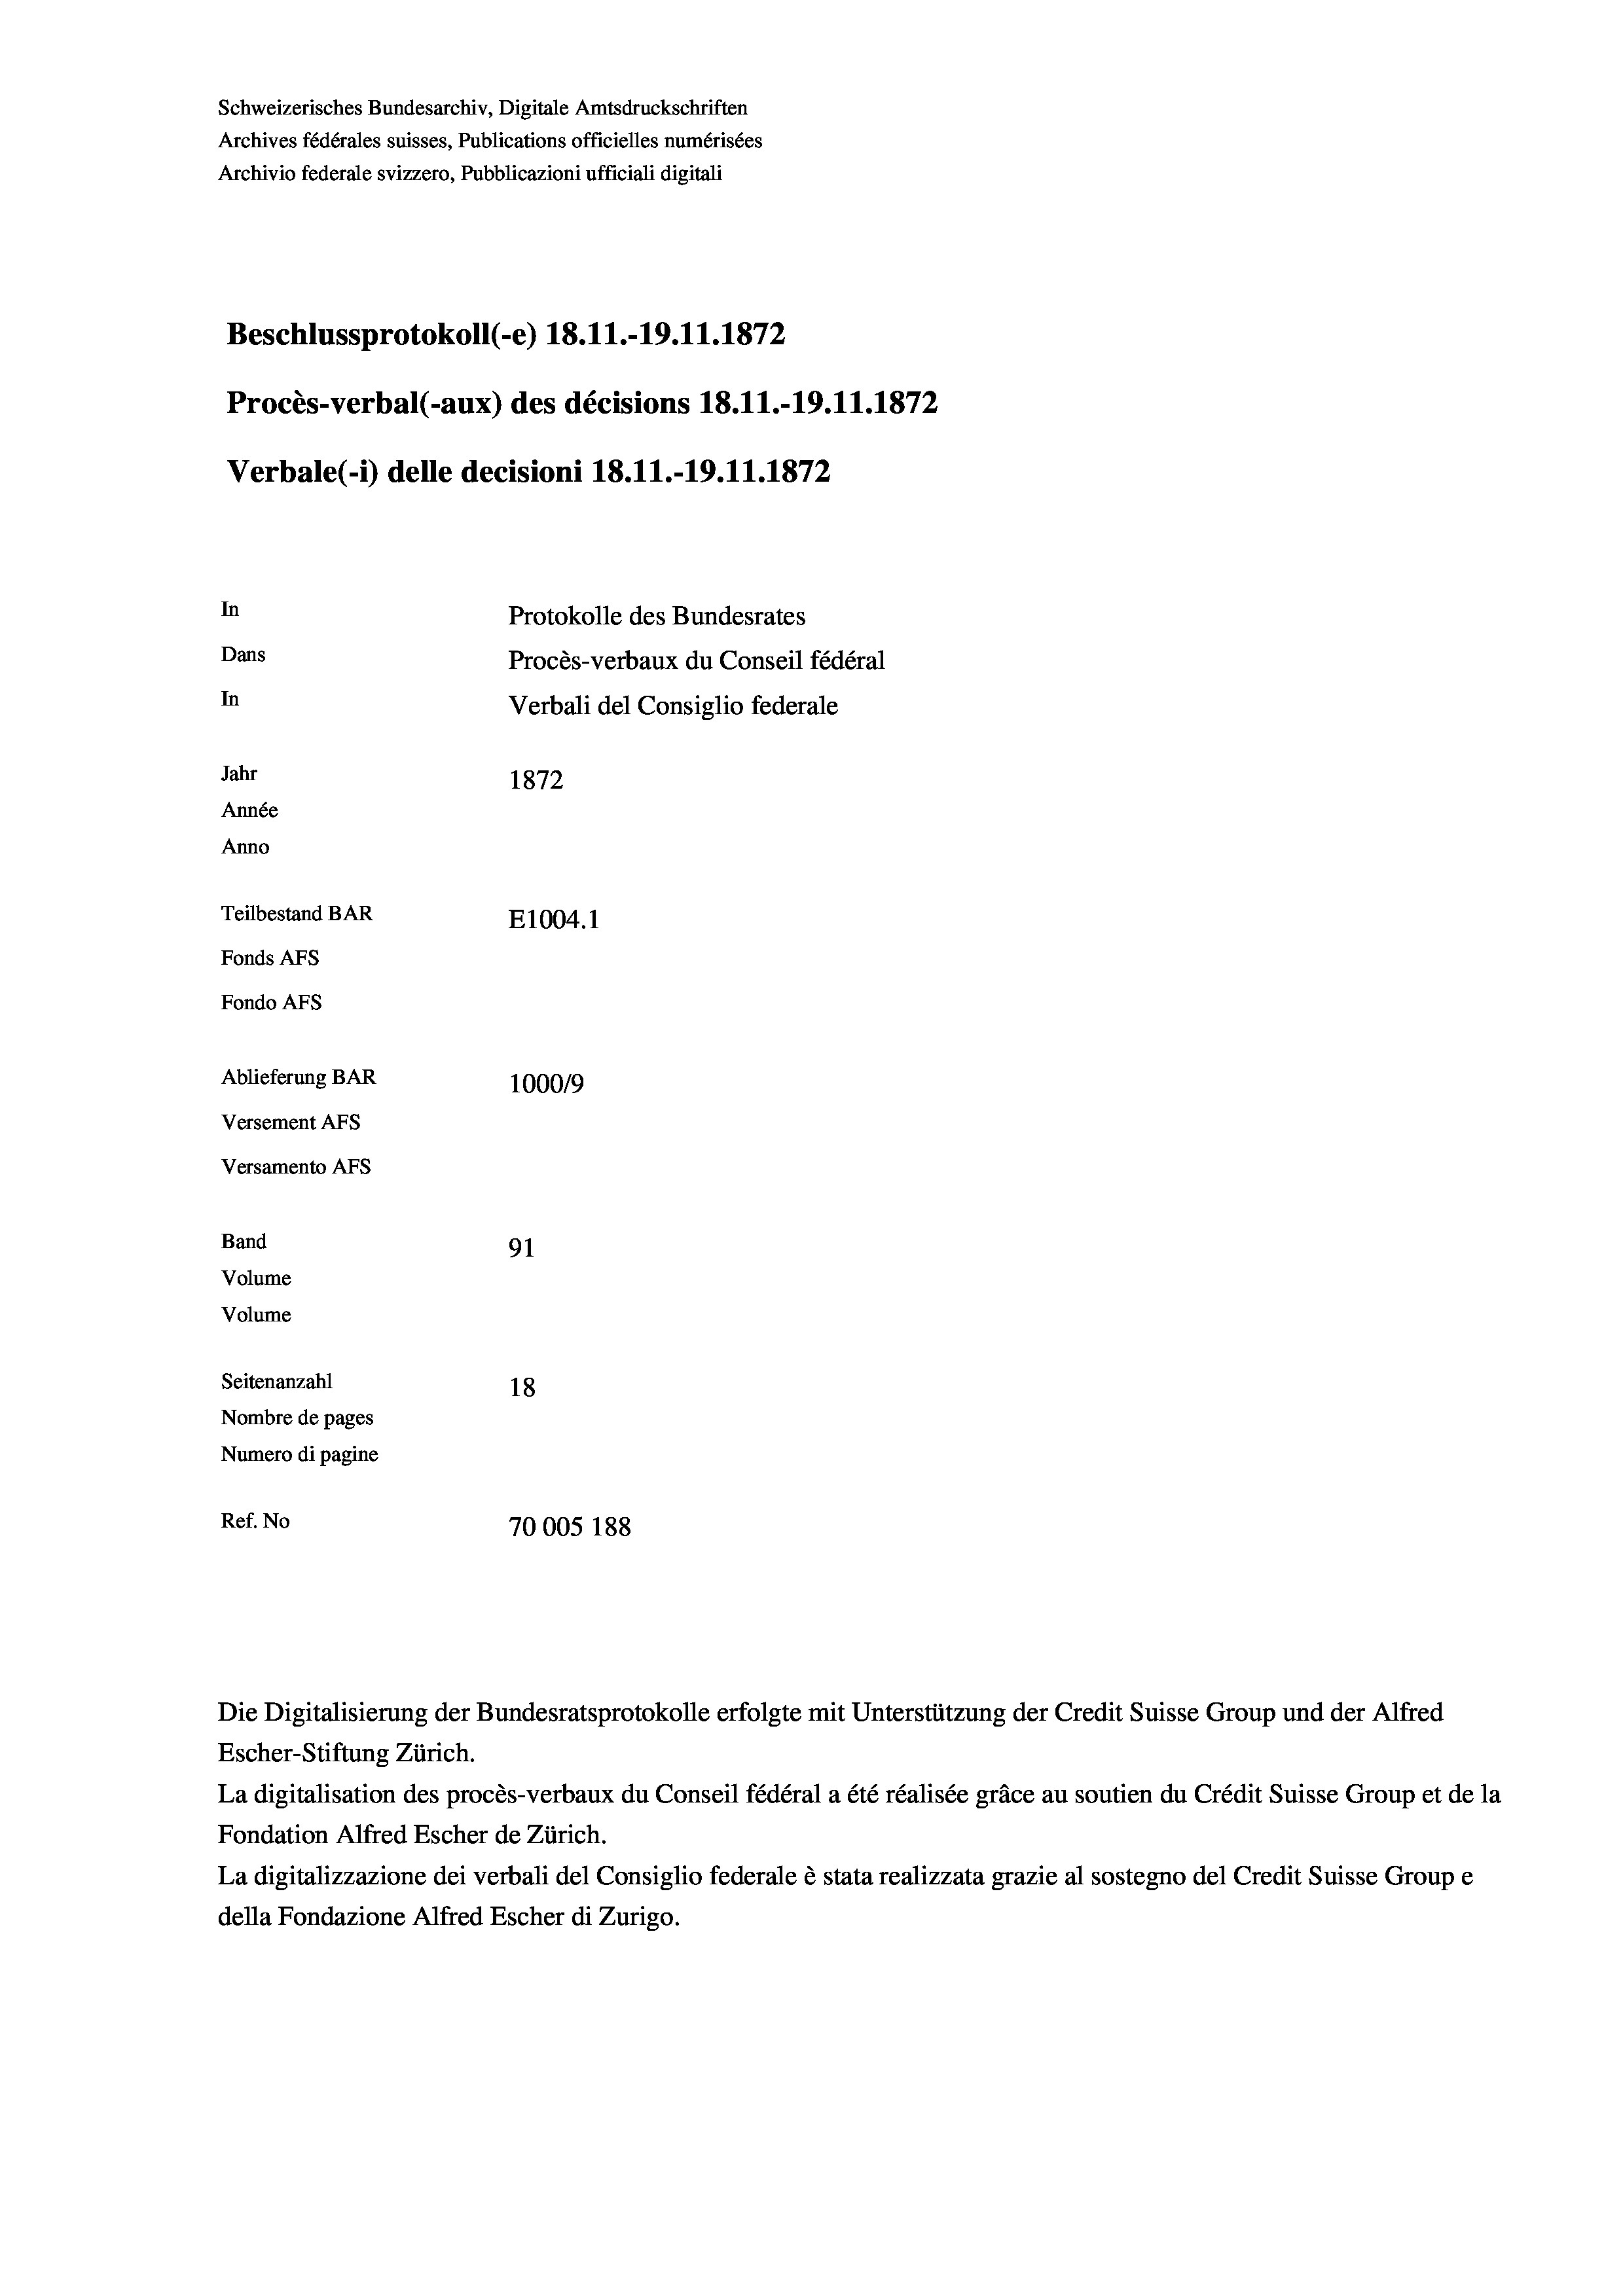
Schweizerisches Bundesarchiv, Digitale Amtsdruckschriften
Archives fédérales suisses, Publications officielles numérisées
Archivio federale svizzero, Pubblicazioni ufficiali digitali
Beschlussprotokoll (-e) 18.11.-19.11.1872
Procès-verbal (-aux) des décisions 18.11.-19.11.1872
Verbale (i) delle decisioni 18.11.-19.11.1872
In
Protokolle des Bundesrates
Dans
Procès-verbaux du Conseil fédéral
In
Verbali del Consiglio federale
Jahr
1872
Année
Anno
Teilbestand BAR
E1004. 1
Fonds AEs
Fondo Afs
Ablieferung BAR
100019
Versement AFs
Versamento AFs
Band
91
Volume
Volume
Seitenanzahl
18
Nombre de pages
Numero di pagine
Ref. No
70005 188

Escher-Stiftung Zürich.
La digitalisation des procès-verbaux du Conseil fédéral a été réalisée gräce au soutien du Crédit Suisse Group et de la
Fondation Alfred Escher de Zürich.
La digitalizzazione dei verbali del Consiglio federale è stata realizzata grazie al sostegno del Credit Suisse Groupe
della Fondazione Alfred Escher di Zurigo.

Die Digitalisierung der Bundesratsprotokolle erfolgte mit Unterstützung der Credit Suisse Group und der Alfred